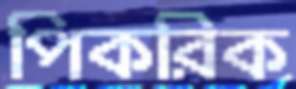
পিকরিক